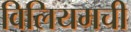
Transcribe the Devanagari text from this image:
विलियमची